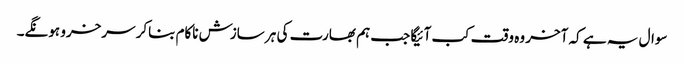
سوال یہ ہے کہ آخر وہ وقت کب آئیگا جب ہم بھارت کی ہر سازش ناکام بناکر سرخرو ہونگے۔